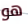
هو